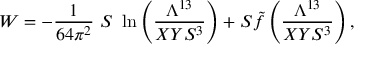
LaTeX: W = - { \frac { 1 } { 6 4 \pi ^ { 2 } } } \ S \ \ln \left( { \frac { \Lambda ^ { 1 3 } } { X Y S ^ { 3 } } } \right) + S { \tilde { f } } \left( { \frac { \Lambda ^ { 1 3 } } { X Y S ^ { 3 } } } \right) ,